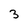
Character: 3